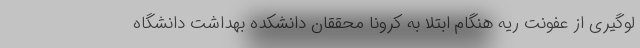
لوگیری از عفونت ریه هنگام ابتلا به کرونا محققان دانشکده بهداشت دانشگاه